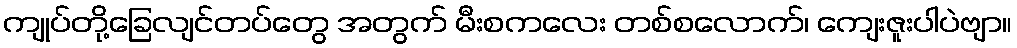
ကျုပ်တို့ခြေလျင်တပ်တွေ အတွက် မီးစကလေး တစ်စလောက်၊ ကျေးဇူးပါပဲဗျာ။